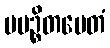
ပပဉ္စိတမေတံ